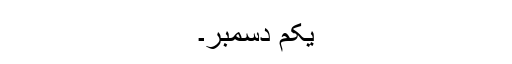
یکم دسمبر۔